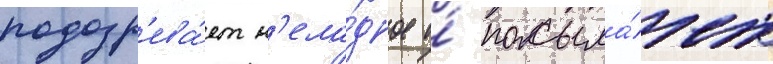
подозр'ева́ет н'ела́дное и́ посыла́ет